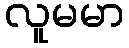
လူမမာ